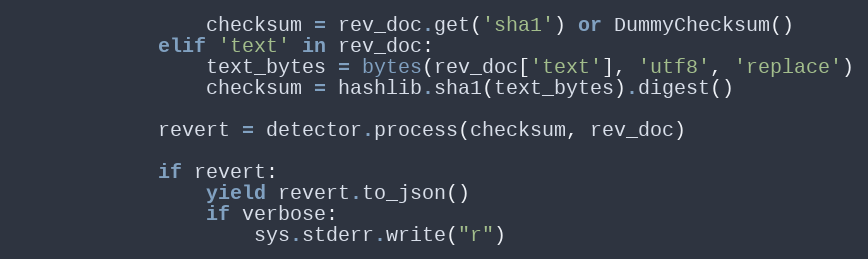
Language: Python
                checksum = rev_doc.get('sha1') or DummyChecksum()
            elif 'text' in rev_doc:
                text_bytes = bytes(rev_doc['text'], 'utf8', 'replace')
                checksum = hashlib.sha1(text_bytes).digest()

            revert = detector.process(checksum, rev_doc)

            if revert:
                yield revert.to_json()
                if verbose:
                    sys.stderr.write("r")